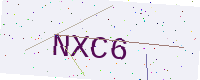
Text: NXC6